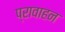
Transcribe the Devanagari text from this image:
प्रावाहन